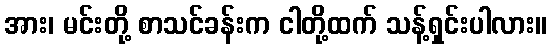
အား၊ မင်းတို့ စာသင်ခန်းက ငါတို့ထက် သန့်ရှင်းပါလား။